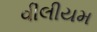
વીલીયમ